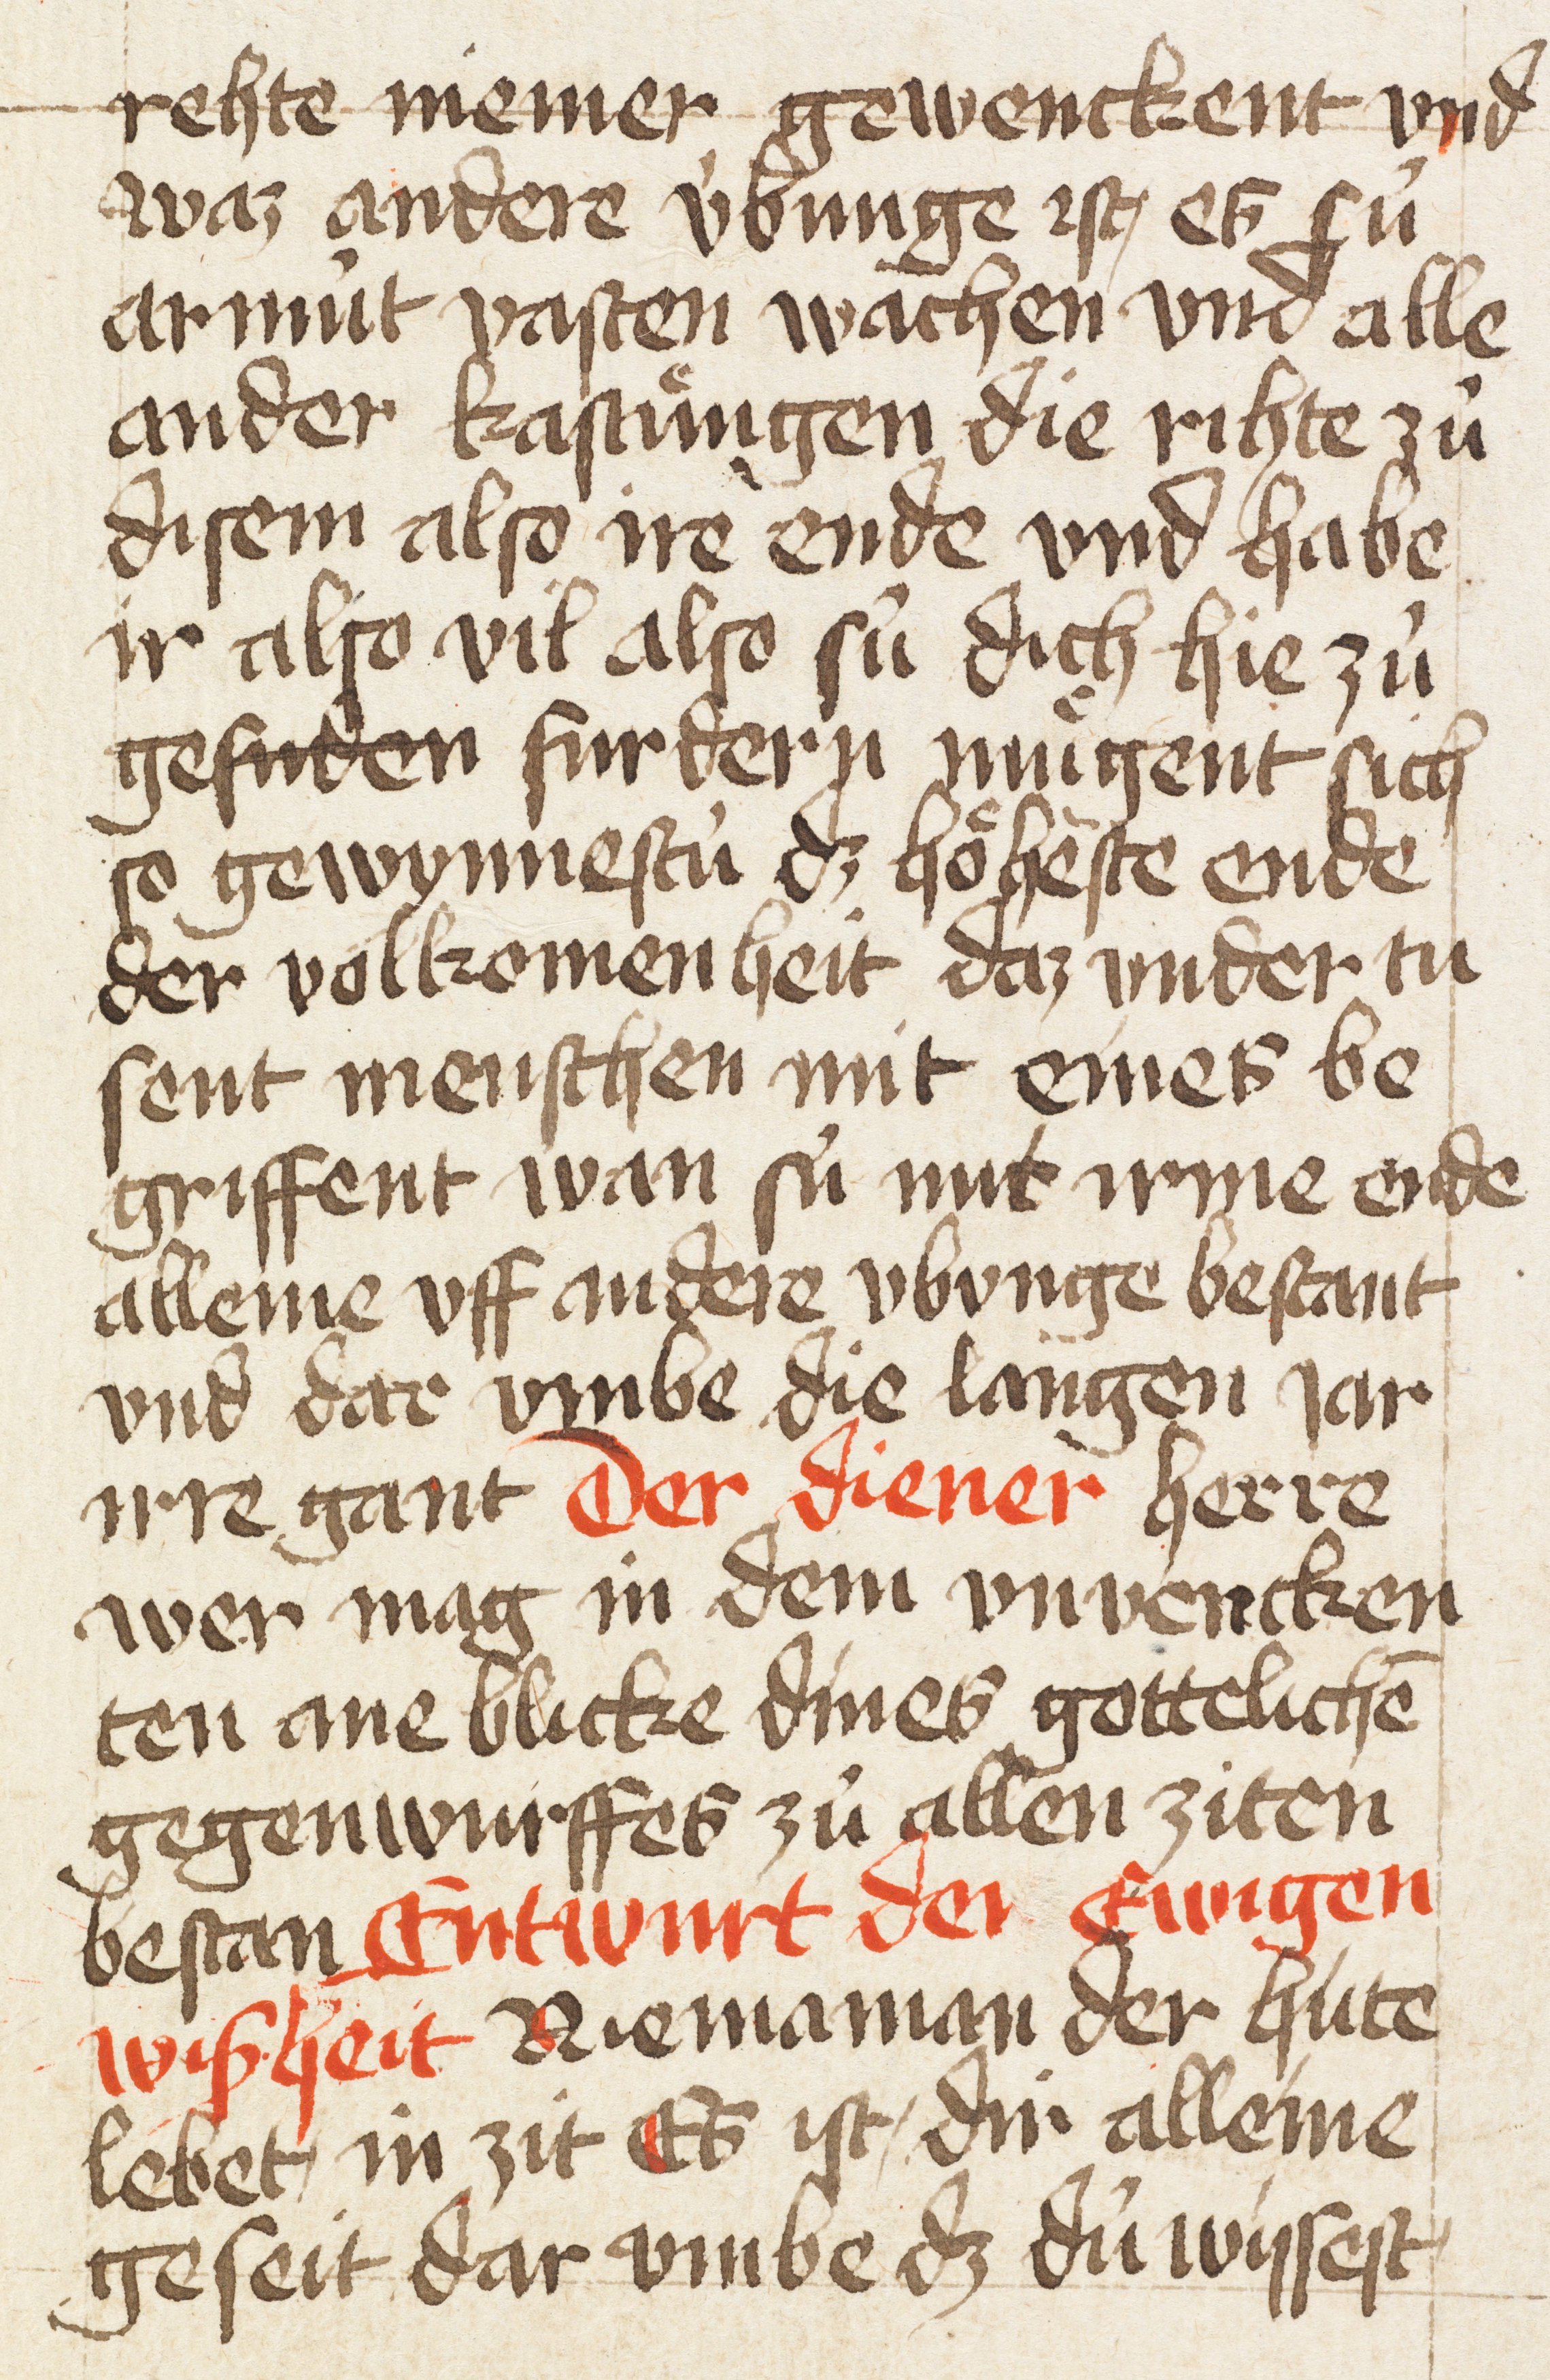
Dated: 1400–1499